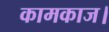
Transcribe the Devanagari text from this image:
कामकाज।